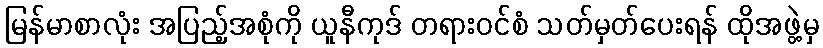
မြန်မာစာလုံး အပြည့်အစုံကို ယူနီကုဒ် တရားဝင်စံ သတ်မှတ်ပေးရန် ထိုအဖွဲ့မှ